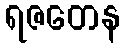
ရဇတေန